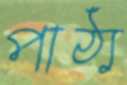
পাঠ্য